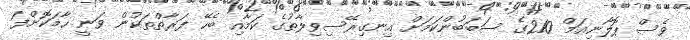
ވެސް ޕޮލޯނިއަމް 210ގެ ސަބަބުންކަމަށް އިނގިރޭސިވިލާތުގެ ކަމާއި ބެހޭ ފަރާތްތަކުން ވަނީ ހާމަކޮށްފަ